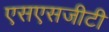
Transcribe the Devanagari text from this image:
एसएसजीटी